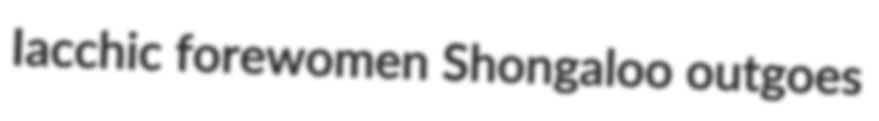
Iacchic forewomen Shongaloo outgoes